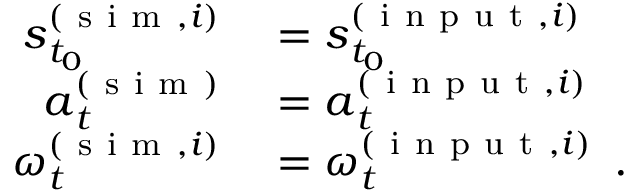
\begin{array} { r } { \begin{array} { r l } { \boldsymbol { s } _ { t _ { 0 } } ^ { ( \mathrm { ~ s ~ i ~ m ~ } , i ) } } & { { } = \boldsymbol { s } _ { t _ { 0 } } ^ { ( \mathrm { ~ i ~ n ~ p ~ u ~ t ~ } , i ) } } \\ { \boldsymbol { a } _ { t } ^ { ( \mathrm { ~ s ~ i ~ m ~ } ) } } & { { } = \boldsymbol { a } _ { t } ^ { ( \mathrm { ~ i ~ n ~ p ~ u ~ t ~ } , i ) } } \\ { \boldsymbol { \omega } _ { t } ^ { ( \mathrm { ~ s ~ i ~ m ~ } , i ) } } & { { } = \boldsymbol { \omega } _ { t } ^ { ( \mathrm { ~ i ~ n ~ p ~ u ~ t ~ } , i ) } \enspace . } \end{array} } \end{array}